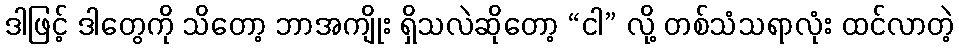
ဒါဖြင့် ဒါတွေကို သိတော့ ဘာအကျိုး ရှိသလဲဆိုတော့ “ငါ” လို့ တစ်သံသရာလုံး ထင်လာတဲ့